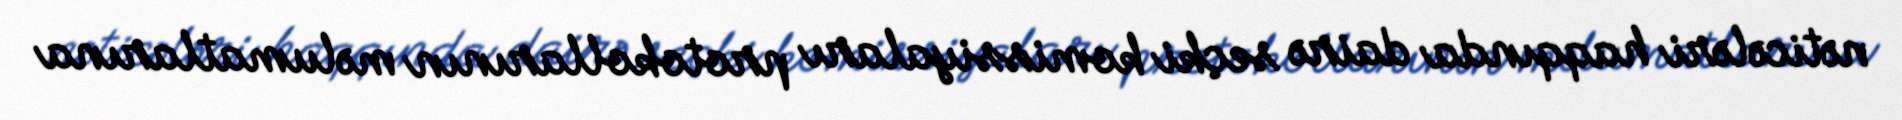
nəticələri haqqında dairə seçki komissiyaları protokollarının məlumatlarına